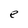
Character: e